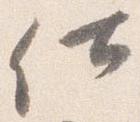
仕